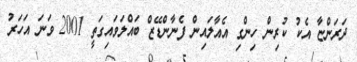
ދަރަންޏާ އެކު ކުރިން ހިންގި އެއާލައިން ފެނާންޑޭޒް ބައްލަވައިގަތީ 2001 ވަނަ އަހަރު